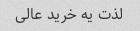
لذت یه خرید عالی